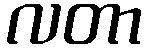
လတာ